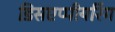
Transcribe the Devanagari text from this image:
डिसएप्पीयरिंग